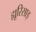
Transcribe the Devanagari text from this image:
ह्यूरिसाइ